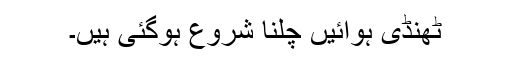
ٹھنڈی ہوائیں چلنا شروع ہوگئی ہیں۔